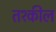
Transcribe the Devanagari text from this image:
तश्कील